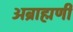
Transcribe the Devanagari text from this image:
अब्राह्मणी